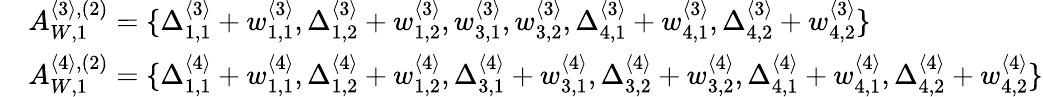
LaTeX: \begin{array}{rl}&{A_{W,1}^{\langle 3\rangle,(2)}=\{ \Delta_{1,1}^{\langle 3\rangle}+w_{1,1}^{\langle 3\rangle},\Delta_{1,2}^{\langle 3\rangle}+w_{1,2}^{\langle 3\rangle},w_{3,1}^{\langle 3\rangle},w_{3,2}^{\langle 3\rangle},\Delta_{4,1}^{\langle 3\rangle}+w_{4,1}^{\langle 3\rangle},\Delta_{4,2}^{\langle 3\rangle}+w_{4,2}^{\langle 3\rangle}\} }\\ &{A_{W,1}^{\langle 4\rangle,(2)}=\{ \Delta_{1,1}^{\langle 4\rangle}+w_{1,1}^{\langle 4\rangle},\Delta_{1,2}^{\langle 4\rangle}+w_{1,2}^{\langle 4\rangle},\Delta_{3,1}^{\langle 4\rangle}+w_{3,1}^{\langle 4\rangle},\Delta_{3,2}^{\langle 4\rangle}+w_{3,2}^{\langle 4\rangle},\Delta_{4,1}^{\langle 4\rangle}+w_{4,1}^{\langle 4\rangle},\Delta_{4,2}^{\langle 4\rangle}+w_{4,2}^{\langle 4\rangle}\} }\end{array}